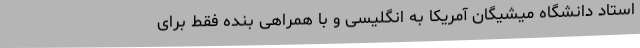
استاد دانشگاه میشیگان آمریکا به انگلیسی و با همراهی بنده فقط برای